Calcutta medical institutions reports 1871-78
Year: 1871
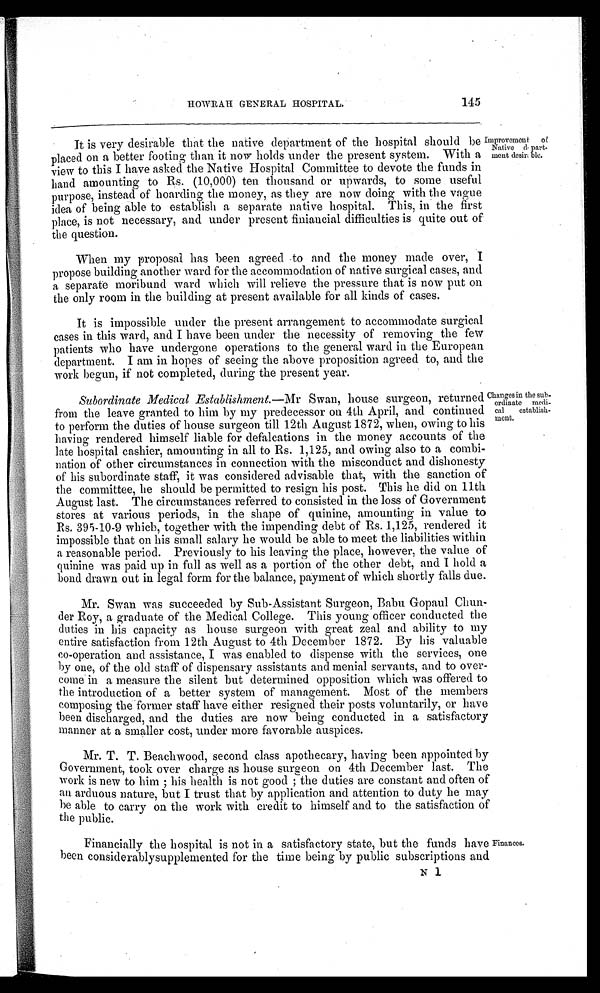
145
HOWRAH GENERAL HOSPITAL.
It is very desirable that the native department of the hospital should be
placed on a better footing than it now holds under the present system. With a
view to this I have asked the Native Hospital Committee to devote the funds in
hand amounting to Rs. (10,000) ten thousand or upwards, to some useful
purpose, instead of hoarding the money, as they are now doing with the vague
idea of being able to establish a separate native hospital. This, in the first
place, is not necessary, and under present finiancial difficulties is quite out of
the question.
When my proposal has been agreed to and the money made over, I
propose building another ward for the accommodation of native surgical cases, and
a separate moribund ward which will relieve the pressure that is now put on
the only room in the building at present available for all kinds of cases.
It is impossible under the present arrangement to accommodate surgical
cases in this ward, and I have been under the necessity of removing the few
patients who have undergone operations to the general ward in the European
department. I am in hopes of seeing the above proposition agreed to, and the
work begun, if not completed, during the present year.
Improvement of
Native depart-
ment desirable.
Changes in the sub
-ordinate medi-
cal establish-
ment.
Subordinate Medical Establishment. —Mr Swan, house surgeon, returned
from the leave granted to him by my predecessor on 4th April, and continued
to perform the duties of house surgeon till 12th August 1872, when, owing to his
having rendered himself liable for defalcations in the money accounts of the
late hospital cashier, amounting in all to Rs. 1,125, and owing also to a combi-
nation of other circumstances in connection with the misconduct and dishonesty
of his subordinate staff, it was considered advisable that, with the sanction of
the committee, he should be permitted to resign his post. This he did on 11th
August last. The circumstances referred to consisted in the loss of Government
stores at various periods, in the shape of quinine, amounting in value to
Rs. 395-10-9 which, together with the impending debt of Rs. 1,125, rendered it
impossible that on his small salary he would be able to meet the liabilities within
a reasonable period. Previously to his leaving the place, however, the value of
quinine was paid up in full as well as a portion of the other debt, and I hold a
bond drawn out in legal form for the balance, payment of which shortly falls due.
Mr. Swan was succeeded by Sub-Assistant Surgeon, Babu Gopaul Chun-
der Roy, a graduate of the Medical College. This young officer conducted the
duties in his capacity as house surgeon with great zeal and ability to my
entire satisfaction from 12th August to 4th December 1872. By his valuable
co-operation and assistance, I was enabled to dispense with the services, one
by one, of the old staff of dispensary assistants and menial servants, and to over-
come in a measure the silent but determined opposition which was offered to
the introduction of a better system of management. Most of the members
composing the former staff have either resigned their posts voluntarily, or have
been discharged, and the duties are now being conducted in a satisfactory
manner at a smaller cost, under more favorable auspices.
Mr. T. T. Beachwood, second class apothecary, having been appointed by
Government, took over charge as house surgeon on 4th December last. The
work is new to him; his health is not good; the duties are constant and often of
an arduous nature, but I trust that by application and attention to duty he may
be able to carry on the work with credit to himself and to the satisfaction of
the public.
Financially the hospital is not in a satisfactory state, but the funds have
been considerably supplemented for the time being by public subscriptions and
Finances.
N 1